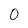
Character: 0